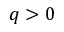
q > 0